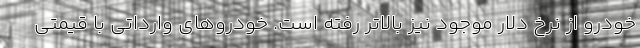
خودرو از نرخ دلار موجود نیز بالاتر رفته است. خودروهای وارداتی با قیمتی